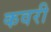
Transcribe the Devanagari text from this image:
कवरी